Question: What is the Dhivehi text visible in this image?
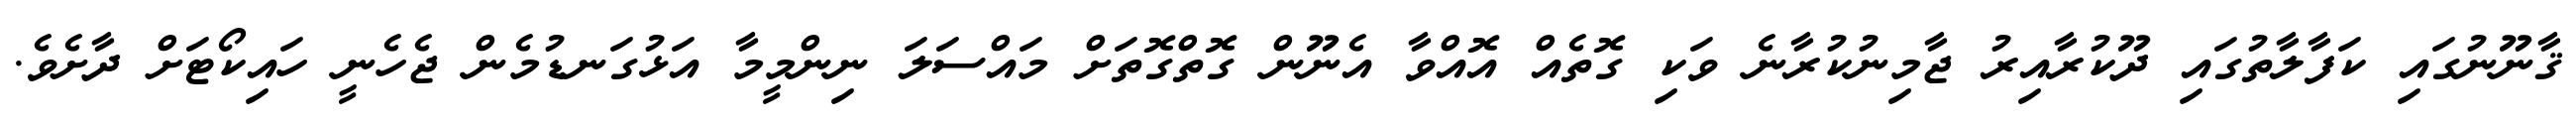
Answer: ޤާނޫނުގައި ކަފާލާތުގައި ދޫކުރާއިރު ޖާމިނުކުރާނެ ވަކި ގޮތެއް އޮއްވާ އެނޫން ގޮތްގޮތަށް މައްސަލަ ނިންމީމާ އަޅުގަނޑުމެން ޖެހެނީ ހައިކޯޓަށް ދާށެވެ.